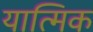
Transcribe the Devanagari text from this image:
यात्मिक